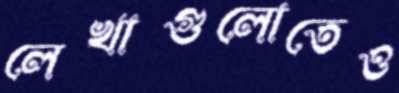
লেখাগুলোতেও